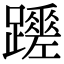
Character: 𨇏